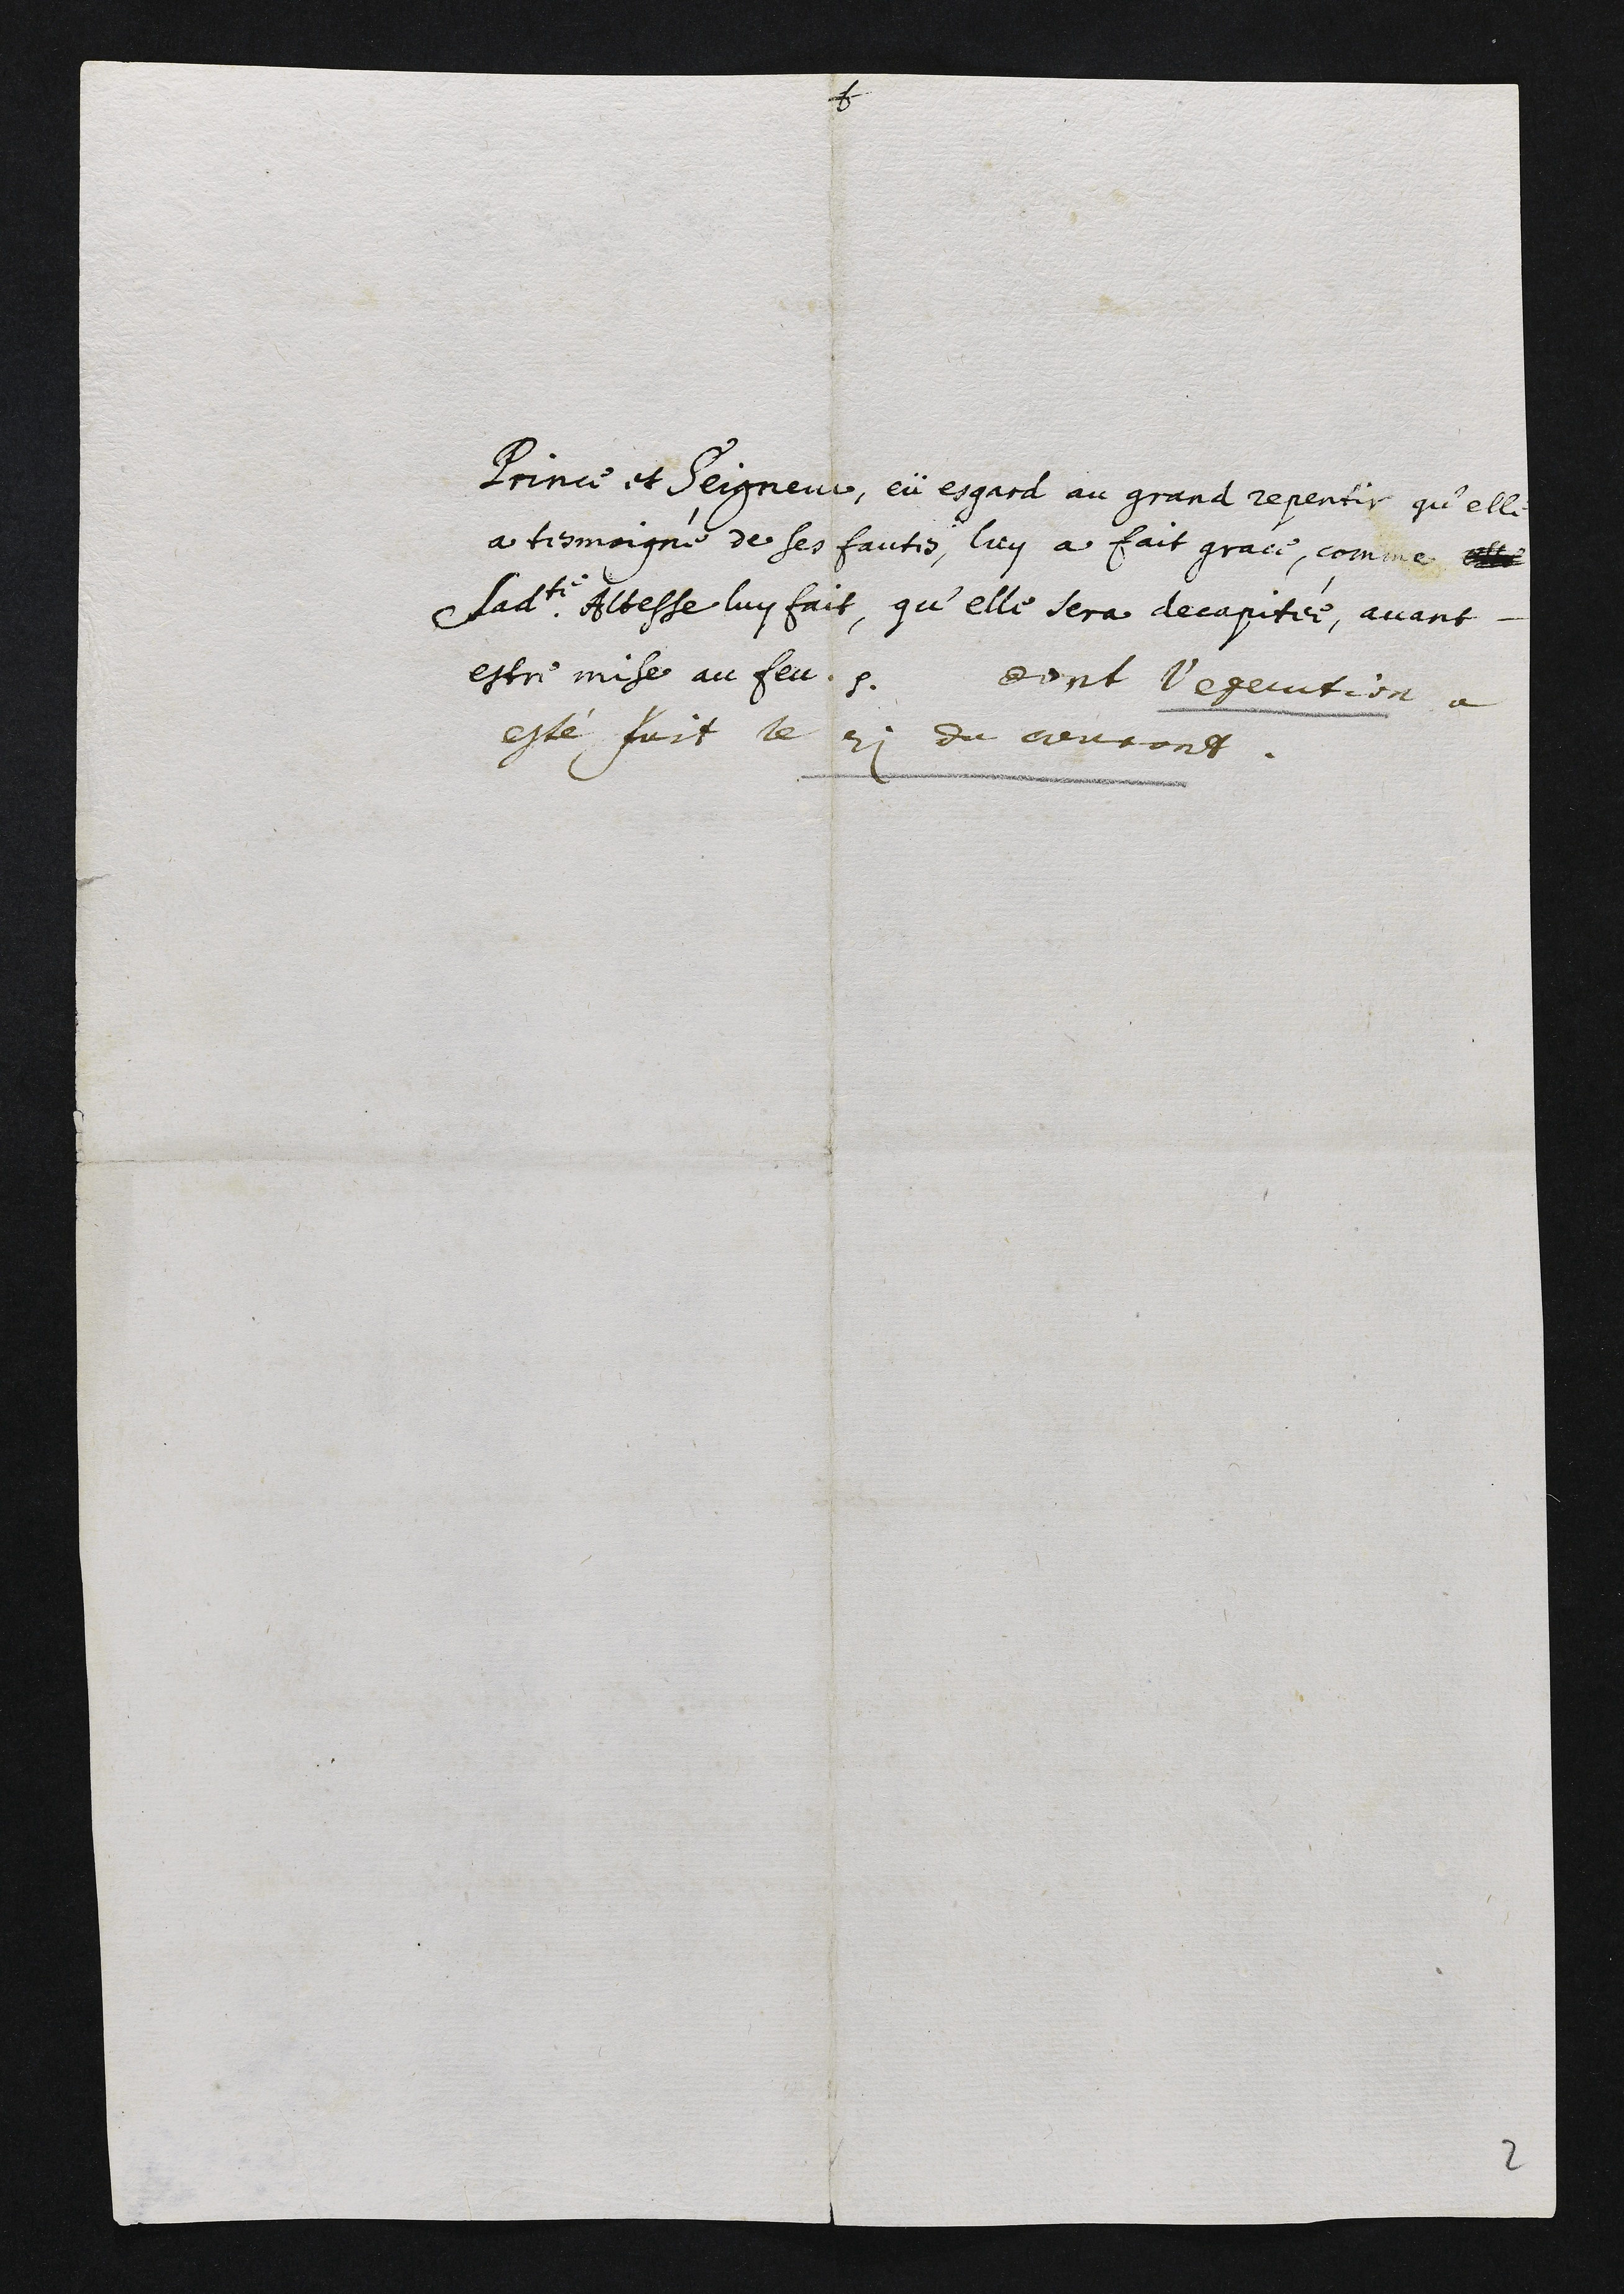
Prince et Seigneur, eü esgard au grand repentir, qu’elle
a tesmoigné de ses fautes, luy a fait grace, comme elle
Sadite Altesse luy fait, qu’elle sera decapitée, avant
estre mise au feu. Dont l’execution a
esté fait le 21 du courant.